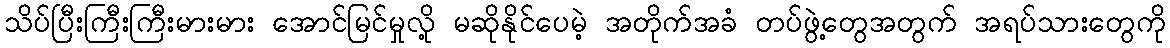
သိပ်ပြီးကြီးကြီးမားမား အောင်မြင်မှုလို့ မဆိုနိုင်ပေမဲ့ အတိုက်အခံ တပ်ဖွဲ့တွေအတွက် အရပ်သားတွေကို